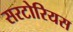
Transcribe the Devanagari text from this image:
सरटोरियस